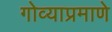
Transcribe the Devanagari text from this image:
गोव्याप्रमाणे